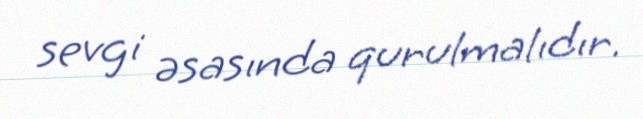
sevgi əsasında qurulmalıdır.